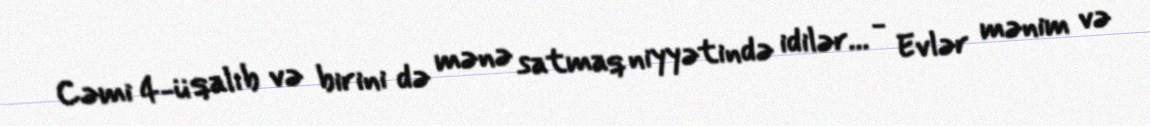
Cəmi 4-ü qalıb və birini də mənə satmaq niyyətində idilər... - Evlər mənim və